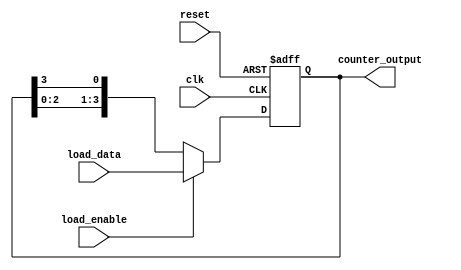
module LoadableRingCounter #(
    parameter N = 4 // Parameter to define the bit width of the counter
)(
    input wire clk,                   // Clock signal
    input wire reset,                 // Asynchronous reset signal
    input wire load_enable,           // Load enable signal
    input wire [N-1:0] load_data,     // N-bit data to load into the counter
    output reg [N-1:0] counter_output  // Current state of the ring counter
);

// Internal signal to hold the next state of the counter
reg [N-1:0] next_state;

always @(posedge clk or posedge reset) begin
    if (reset) begin
        // Initialize all flip-flops to zero
        counter_output <= {N{1'b0}};
    end else if (load_enable) begin
        // Load the specified data into the counter
        counter_output <= load_data;
    end else begin
        // Shift the output in a ring manner
        next_state = {counter_output[N-2:0], counter_output[N-1]};
        // Update the counter output with the new state
        counter_output <= next_state;
    end
end

endmodule